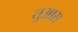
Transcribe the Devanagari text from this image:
तुआस